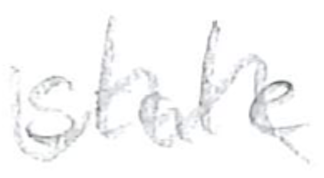
Text: state
Cross-out: wave
Writing tool: pencil